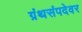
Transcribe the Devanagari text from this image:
ग्रंथसंपदेवर